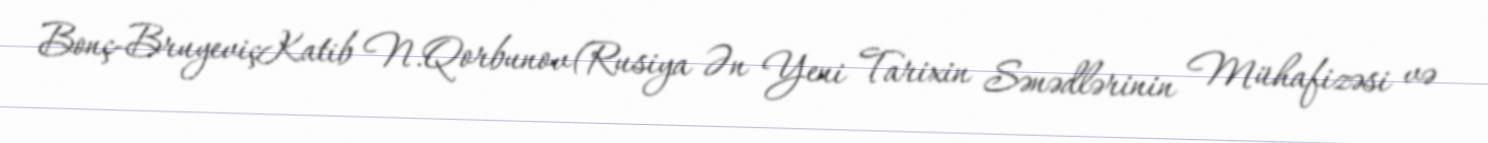
Bonç-BruyeviçKatib N.Qorbunov(Rusiya Ən Yeni Tarixin Sənədlərinin Mühafizəsi və